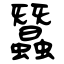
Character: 蠶